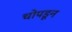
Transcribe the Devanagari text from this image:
चोपडून